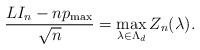
LaTeX: \begin{align*}\frac{LI_n-np_{\max}}{\sqrt{n}}=\max_{\substack {\lambda\in \Lambda_d}}Z_n(\lambda).\end{align*}